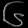
Digit: ၆